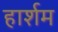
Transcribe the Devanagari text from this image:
हार्शम